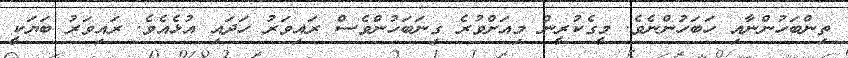
ތިންބަހުންނާއި ހަބަހުންނެވެ. މީގެކުރީން މިއަށްވުރެ ގިނަބަހުންވެސް ރައިވަރު ހަދައި އުޅެއެވެ. ރައިވަރު ބަޔަކީ